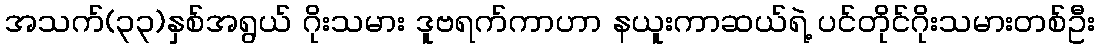
အသက်(၃၃)နှစ်အရွယ် ဂိုးသမား ဒူဗရက်ကာဟာ နယူးကာဆယ်ရဲ့ ပင်တိုင်ဂိုးသမားတစ်ဦး